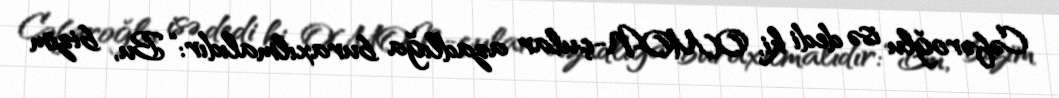
Cəfəroğlu isə dedi ki, OMON-çular azadlığa buraxılmalıdır: “Bu, bizim